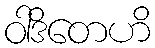
ဝါဒိတေဟိ